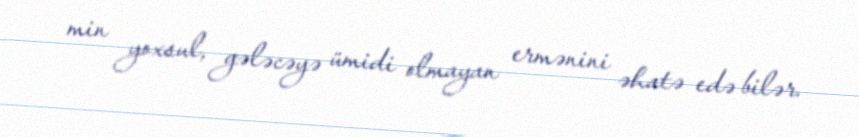
min yoxsul, gələcəyə ümidi olmayan ermənini əhatə edə bilər.